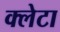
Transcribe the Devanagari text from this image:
क्लेटा